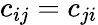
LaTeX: c_{ij}=c_{ji}